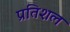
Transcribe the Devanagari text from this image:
प्रतिशल